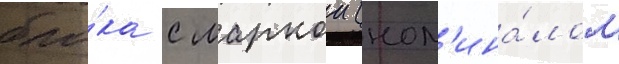
бло́ка с маркои (ном'ина́лом